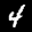
Label: 4